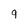
Character: 9